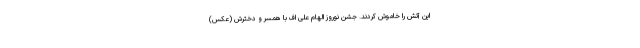
این آتش را خاموش کردند. جشن نوروز الهام علی اف با همسر و دخترش (عکس)